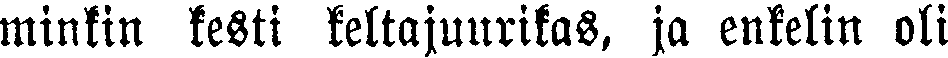
minkin kesti keltajuurikas, ja enkelin oli